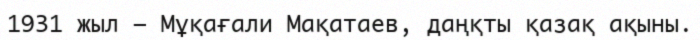
1931 жыл – Мұқағали Мақатаев, даңқты қазақ ақыны.